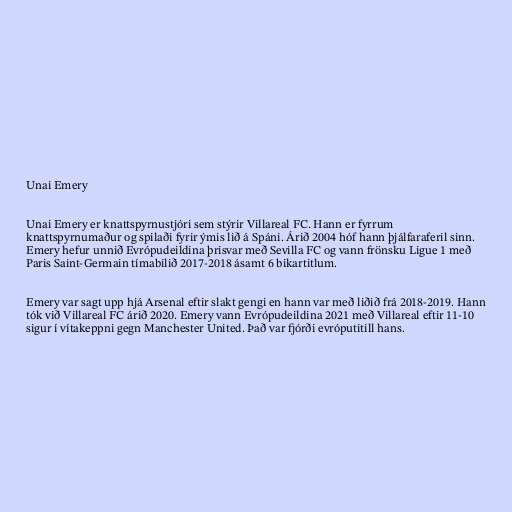
Unai Emery

Unai Emery er knattspyrnustjóri sem stýrir Villareal FC. Hann er fyrrum
knattspyrnumaður og spilaði fyrir ýmis lið á Spáni. Árið 2004 hóf hann þjálfaraferil sinn.
Emery hefur unnið Evrópudeildina þrisvar með Sevilla FC og vann frönsku Ligue 1 með
Paris Saint-Germain tímabilið 2017-2018 ásamt 6 bikartitlum.

Emery var sagt upp hjá Arsenal eftir slakt gengi en hann var með liðið frá 2018-2019. Hann
tók við Villareal FC árið 2020. Emery vann Evrópudeildina 2021 með Villareal eftir 11-10
sigur í vítakeppni gegn Manchester United. Það var fjórði evróputitill hans.